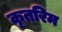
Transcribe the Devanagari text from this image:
कृतरिम